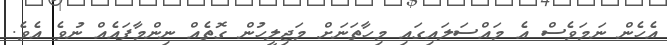
އެހެން ނަމަވެސް އެ މައްސަލައިގައި މިހާތަނަށް މަޖިލީހުން ގޮތެއް ނިންމާފައެއް ނުވެ އެވެ.